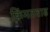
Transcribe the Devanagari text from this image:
किंमतवाढ